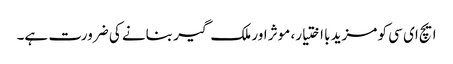
ایچ ای سی کو مزید با اختیار، موثر اور ملک گیر بنانے کی ضرورت ہے۔